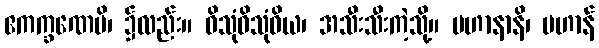
ဧကက္ခဏေပိ၊ ၌လည်း။ ဝိသုံဝိသုံဝိယ၊ အသီးသီးကဲ့သို့။ ပဟာနာနိ၊ ပဟာန်